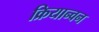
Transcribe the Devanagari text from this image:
क्रियान्‍वन